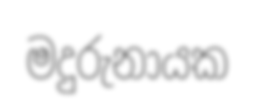
මදුරුනායක